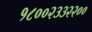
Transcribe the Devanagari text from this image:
१८००२३३२२००